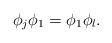
LaTeX: \begin{align*}\phi_j\phi_1=\phi_1\phi_l.\end{align*}